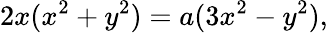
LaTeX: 2x(x^{2}+y^{2})=a(3x^{2}-y^{2}),